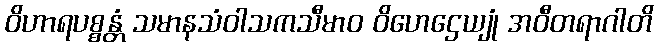
ဝိဟာရပစ္စန္တံ သမာနသံဝါသကသီမာဝ ဝိဟေဌေယျုံ အဝီတရာဂါတိ